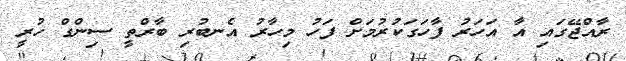
ރާއްޖޭގައި އާ އަހަރު ފާހަގަކުރުމަށް ފަހު މިހާރު އެނބުރި ބާރްތީ ސިންގް ހުރީ